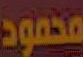
محمود